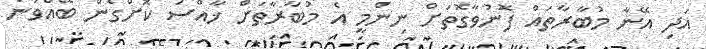
އަދި އޭނާ މުބާރާތައް ފޮނުވާގޮތަށް ނިންމީ އެ މުބާރާތަށް ޚާއްސަ ކޮށްގެން ބޭއްވުނު